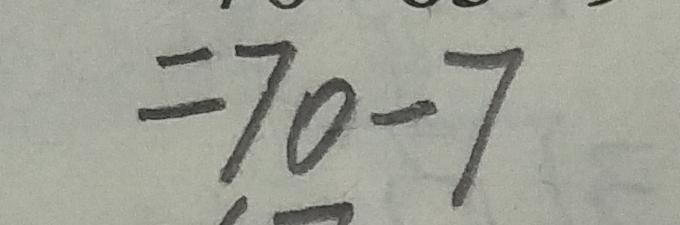
= 7 0 - 7